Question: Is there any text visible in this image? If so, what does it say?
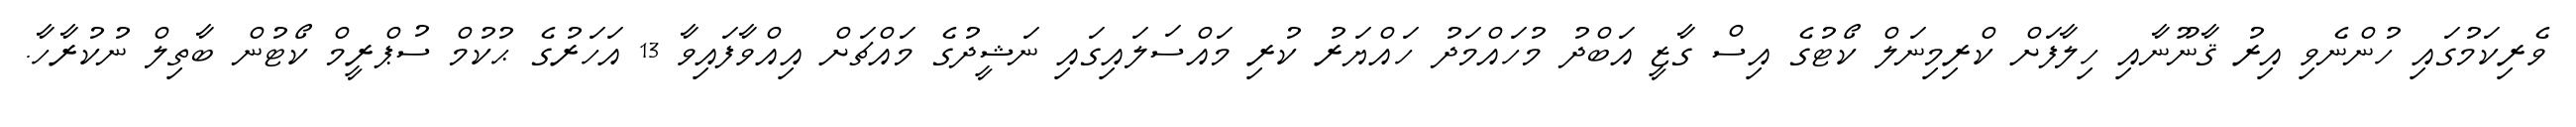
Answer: ވެރިކަމުގައި ހުންނެވި އިރު ޤާނޫނާއި ހިލާފަށް ކްރިމިނަލް ކޯޓުގެ އިސް ގާޒީ އަބްދު މުހައްމަދު ހައްޔަރު ކުރި މައްސަލައިގައި ނަޝީދުގެ މައްޗަށް އިއްވާފައިވާ 13 އަހަރުގެ ޙުކުމް ސުޕްރީމް ކޯޓުން ބާތިލް ނުކުރާހާ.